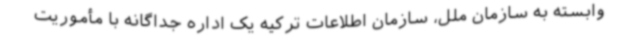
وابسته به سازمان ملل، سازمان اطلاعات ترکیه یک اداره جداگانه با مأموریت